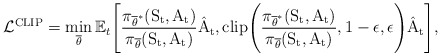
\begin{align*} \mathcal{L}^{\mathrm{CLIP}} = \min_{\overline{\theta}}\mathbb{E}_{t}\Bigg[\mathrm{\frac{\pi_{\overline{\theta}^{*}}(S_t, A_t)}{\pi_{\overline{\theta}}(S_t, A_t)}\hat{A}_{t}, clip\Bigg(\frac{\pi_{\overline{\theta}^{*}}(S_t, A_t)}{\pi_{\overline{\theta}}(S_t, A_t)}, 1-\epsilon, \epsilon\Bigg)\hat{A}_{t}}\Bigg],\end{align*}